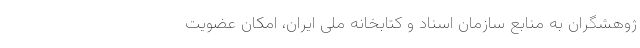
ژوهشگران به منابع سازمان اسناد و کتابخانه ملی ایران، امکان عضویت